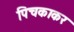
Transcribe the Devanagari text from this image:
पिचकाकर